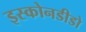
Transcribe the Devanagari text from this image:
इस्कोनडीडो